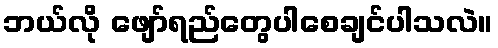
ဘယ်လို ဖျော်ရည်တွေပါစေချင်ပါသလဲ။